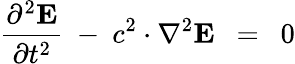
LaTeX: {\frac{\partial^{2}\mathbf{E}}{\partial t^{2}}}\ -\ c^{2}\cdot\nabla^{2}\mathbf{E}\ \ =\ \ 0